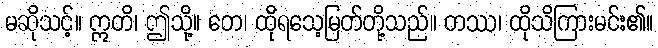
မဆိုသင့်။ ဣတိ၊ ဤသို့။ တေ၊ ထိုရသေ့မြတ်တို့သည်။ တဿ၊ ထိုသိကြားမင်း၏။